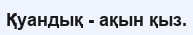
Қуандық - ақын қыз.